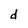
Character: d